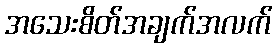
အသေးစိတ်အချက်အလက်